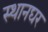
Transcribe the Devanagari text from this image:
स्थानघर